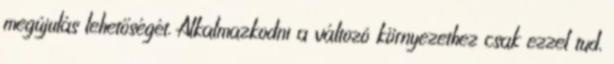
megújulás lehetőségét. Alkalmazkodni a változó környezethez csak ezzel tud,